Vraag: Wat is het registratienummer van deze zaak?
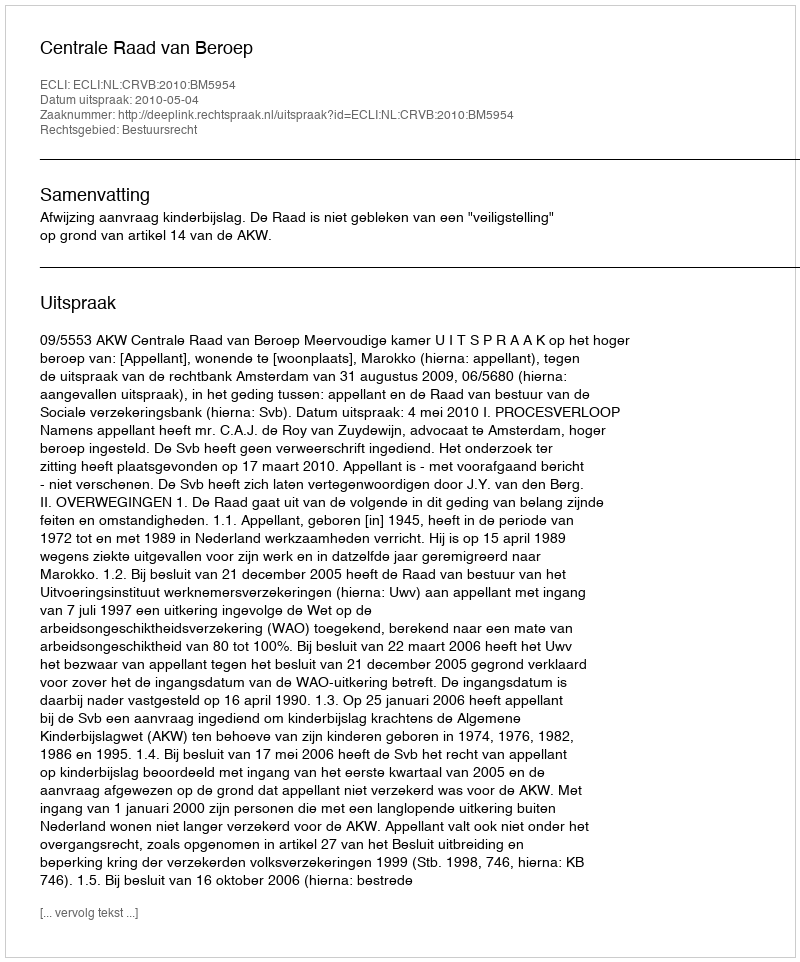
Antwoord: http://deeplink.rechtspraak.nl/uitspraak?id=ECLI:NL:CRVB:2010:BM5954